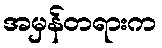
အမှန်တရားက